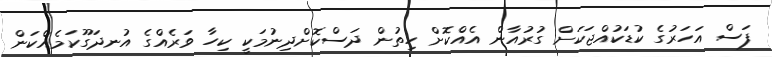
ފަސް އަހަރުގެ ކުޑަކުއްޖަކަށް ގުރުއާން އެއްކޮށް ހިތުން ދަސްކޮށްދިނުމަކީ ކިހާ ވަރެއްގެ އުނދަގޫކަމެއްކަން